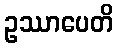
ဥဿာပေတိ